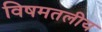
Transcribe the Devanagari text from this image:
विषमतलीय